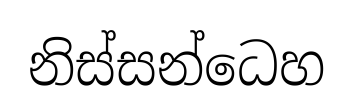
නිස්සන්ධෙහ